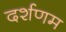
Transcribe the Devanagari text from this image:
दर्शणम